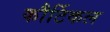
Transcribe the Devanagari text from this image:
कौर्टिकल